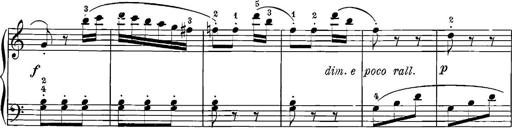
Title: 12 Sonatinas
Composer: Ignaz Pleyel